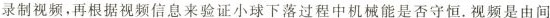
录制视频，再根据视频信息来验证小球下落过程中机械能是否守恒。视频是由间